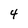
Character: 4